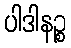
ပါဒါနဉ္စ